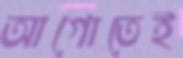
আগোতেই